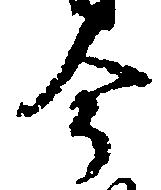
今